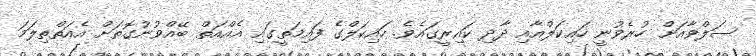
ސަލްވާއަށް ހުރެވުނީ ހައިކަލްއާއި ދާދި ކައިރީގައެވެ. ހައިކަލްގެ ފައިމަތީގައި އެއްއަތް ބޭއްވުނުގޮތަށް އެއަތްތިލަމަ